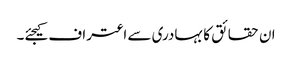
ان حقائق کا بہادری سے اعتراف کیجئے۔